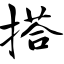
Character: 搭